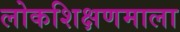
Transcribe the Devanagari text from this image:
लोकशिक्षणमाला